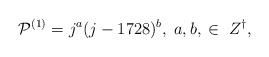
\begin{align*}{\cal P}^{(1)} = j^a(j-1728)^b,\;a,b,\;\in\;Z^{\dagger},\end{align*}